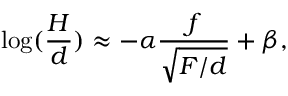
\log ( \frac { H } { d } ) \approx - \alpha \frac { f } { \sqrt { F / d } } + \beta ,